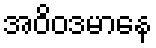
အဝိဝဒမာနေ